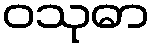
ဝသုဓာ